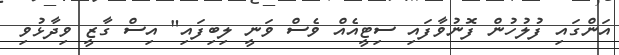
އަންގައި ފުލުހުން ފޮނުވާފައި ސިޓީއެއް ވެސް ވަނީ ލިބިފައި" އިސް ގާޒީ ވިދާޅުވި